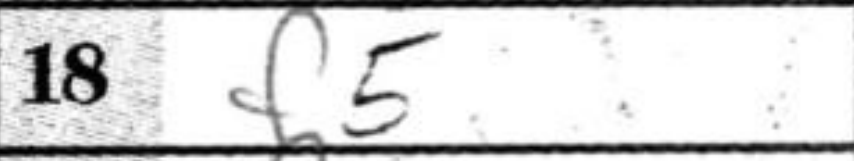
Transcription: f5